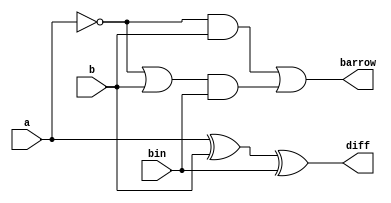
module full_sub(input a,b,bin ,output diff,barrow);
 assign diff=a^b^bin;
 assign barrow=~a&b|(~a|b)&bin;
endmodule